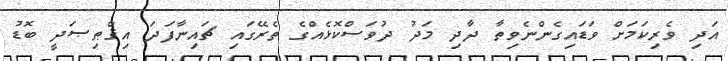
އަދި ވެރިކަމަށް ވަޑައިގެންނެވިތާ ދާދި މަދު ދުވަސްކޮޅެއްގެ ތެރޭގައި ޗައިނާފަދަ އިޤްޠިޞަދީ ބޮޑު